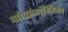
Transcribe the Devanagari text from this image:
डाईहाइड्रोआर्टमिसिनीन